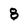
Character: 8